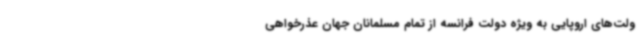
ولت‌های اروپایی به ویژه دولت فرانسه از تمام مسلمانان جهان عذرخواهی